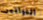
الفواتير